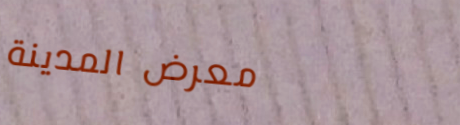
معرض المدينة